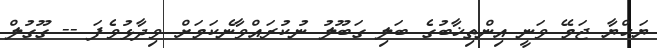
ޔަހްޔާ ޖަމޭ ވަނީ އިންތިޚާބުގެ ބަލި ގަބޫލު ނުކުރައްވާނެކަމަށް ވިދާޅުވެފަ -- ގޫގުލް